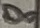
Text: 8